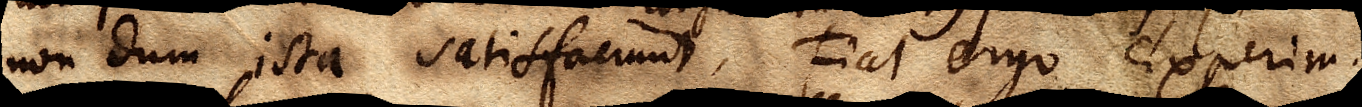
nondum ista satisfaciunt. Fiat ergo experim. 5.